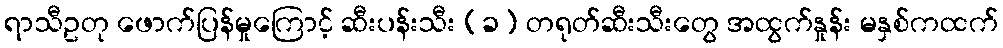
ရာသီဥတု ဖောက်ပြန်မှုကြောင့် ဆီးပန်းသီး (ခ) တရုတ်ဆီးသီးတွေ အထွက်နှုန်း မနှစ်ကထက်